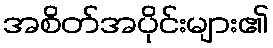
အစိတ်အပိုင်းများ၏